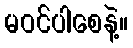
မဝင်ပါစေနဲ့။